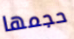
حجمها